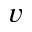
v